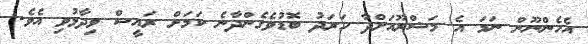
އެހެންނޫން ނަމަ އެ މަޝްރޫއަށްދާ ހަރަދު ބޮޑުވެގެންދާނެ ކަމަށް ރައީސް ވިދާޅުވި އެވެ.